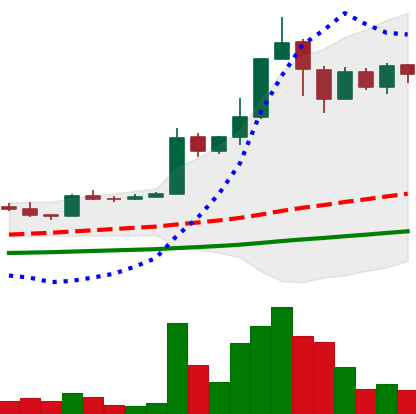
Ticker: TRX-USD
Chart end date: 2021-04-11
Forward return: 32.477%
Label: up_7plus